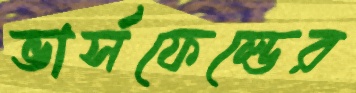
ভার্সফেল্ডের